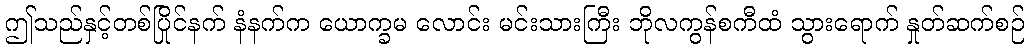
ဤသည်နှင့်တစ်ပြိုင်နက် နံနက်က ယောက္ခမ လောင်း မင်းသားကြီး ဘိုလကွန်စကီထံ သွားရောက် နှုတ်ဆက်စဉ်